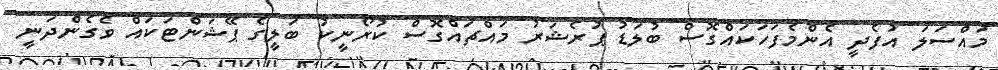
މައްސަލަ އުފެދީ އެންމެފަހަކައްގޮސް ބުލަޑު ޕުރެޝަރު މައްޗައްގޮސް ކުރޯނީކު ބަލީގެ ޕޭޝަންޓަކައް ވެގެންދަނީ